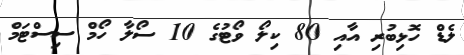
ލެޑް ހޮޅިބުރި އާއި 80 ކިލޯ ވޯޓުގެ 10 ސޯލާ ހޯމް ސިސްޓަމް